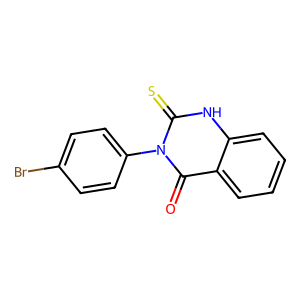
SMILES: O=c1c2ccccc2[nH]c(=S)n1-c1ccc(Br)cc1
Inhibits HIV replication: No